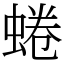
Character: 蜷